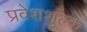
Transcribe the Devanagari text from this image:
प्रवेशशुल्क